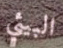
البيئي